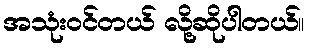
အသုံးဝင်တယ် လို့ဆိုပါတယ်။